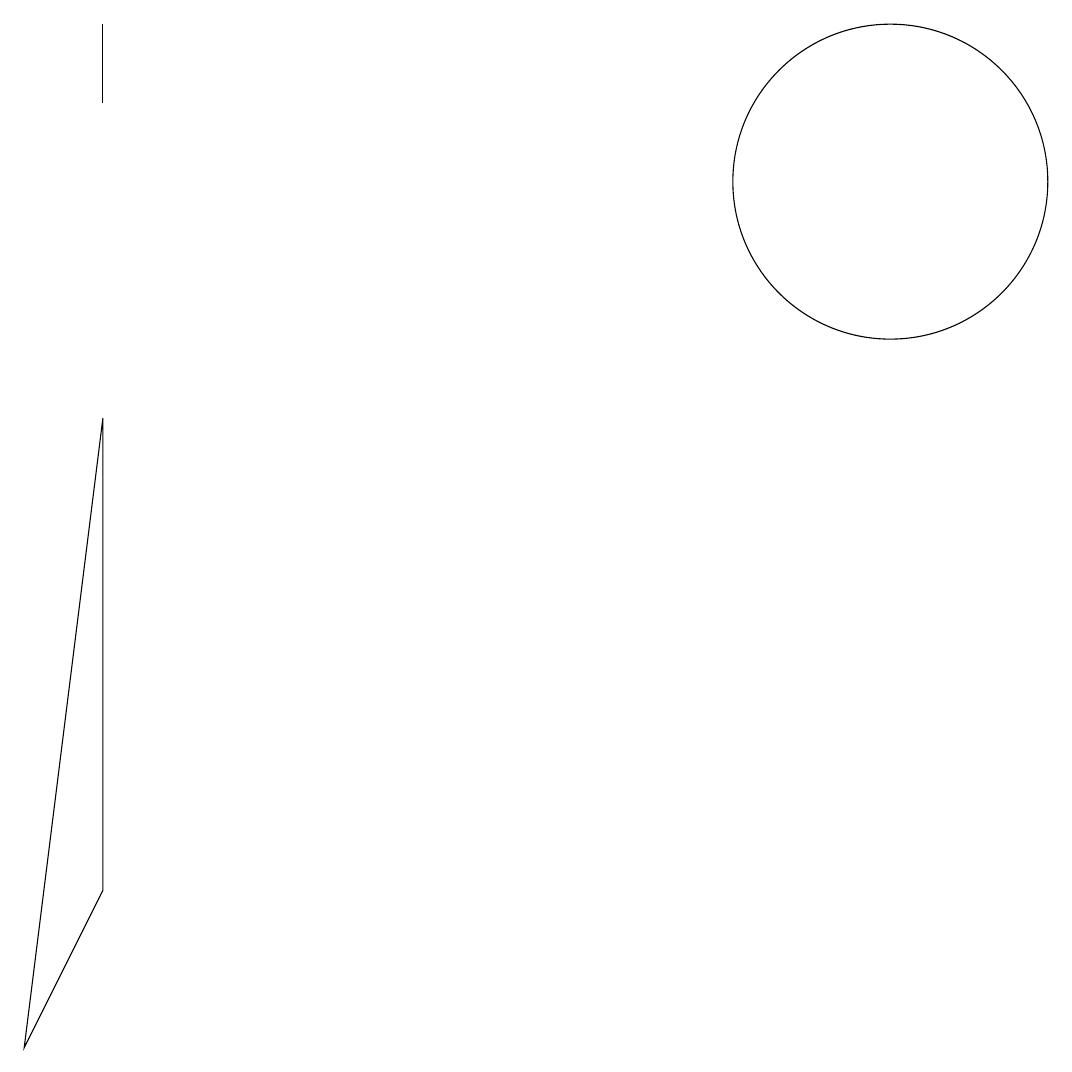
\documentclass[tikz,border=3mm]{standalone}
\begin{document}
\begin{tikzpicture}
\draw (2,13) rectangle (2,12);
\draw (12,11) circle (2);
\draw (2,8) -- (2,2) -- (1,0) -- cycle;
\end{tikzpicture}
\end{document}